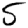
Digit: 5